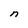
Character: n